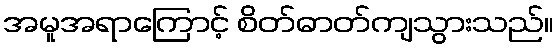
အမူအရာကြောင့် စိတ်ဓာတ်ကျသွားသည်။